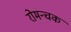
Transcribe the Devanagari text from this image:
रोमन्चक